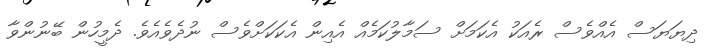
ދިޔަޔަސް އެއްވެސް ރެއަކު އެކަމަށް ސަމާލުކަމެއް އެއިން އެކަކަށްވެސް ނުދެވެއެވެ. ދެމީހުން ބޭނުންވާ